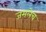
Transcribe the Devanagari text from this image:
जमलेच